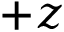
+ z